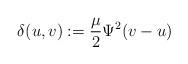
LaTeX: \begin{align*} \delta(u,v):=\frac{\mu}2\Psi^2(v-u)\end{align*}